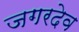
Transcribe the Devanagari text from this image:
जगरदेव